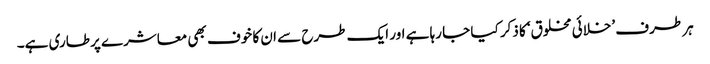
ہر طرف ’خلائی مخلوق‘ کا ذکر کیا جا رہا ہے اور ایک طرح سے ان کا خوف بھی معاشرے پر طاری ہے۔